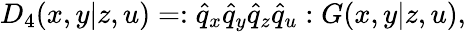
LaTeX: D_{4}(x,y|z,u)=:\hat{q}_{x}\hat{q}_{y}\hat{q}_{z}\hat{q}_{u}:G(x,y|z,u),